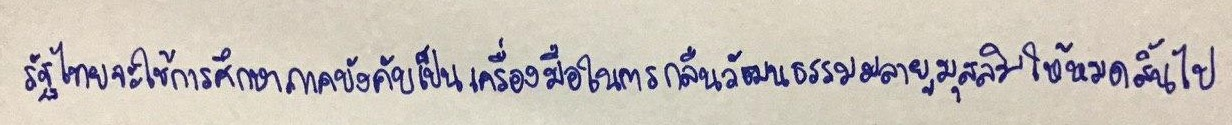
รัฐไทยจะใช้การศึกษาภาคบังคับเป็นเครื่องมือในการกลืนวัฒนธรรมมลายูมุสลิมให้หมดสิ้นไป